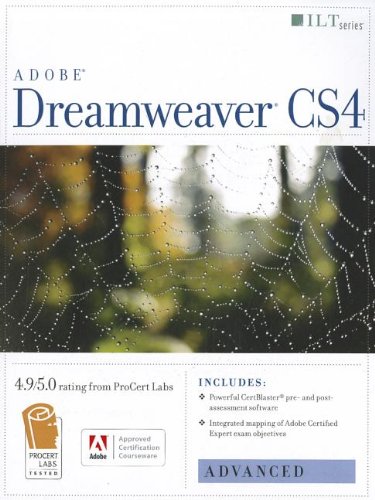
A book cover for Dreamweaver Cs4: Advanced, Ace Edition + Certblaster + Data (ILT); Computers & Technology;